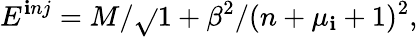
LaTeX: E^{\mathbf{i}nj}=M/\sqrt{}{{1+\beta^{2}/(n+\mu_{\mathbf{i}}+1)^{2}}},